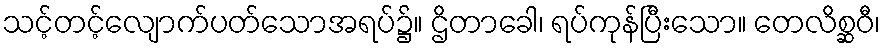
သင့်တင့်လျောက်ပတ်သောအရပ်၌။ ဌိတာခေါ၊ ရပ်ကုန်ပြီးသော။ တေလိစ္ဆဝီ၊